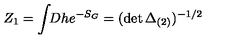
Z _ { 1 } = \int \! \! D h e ^ { - S _ { G } } = ( \det \Delta _ { ( 2 ) } ) ^ { - 1 / 2 }